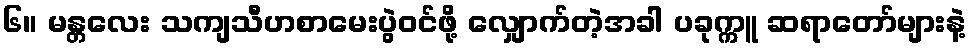
၆။ မန္တလေး သကျသီဟစာမေးပွဲဝင်ဖို့ လျှောက်တဲ့အခါ ပခုက္ကူ ဆရာတော်များနဲ့